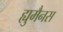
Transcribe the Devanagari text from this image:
ह्युमैनस